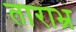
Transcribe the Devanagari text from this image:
ताराभ्र